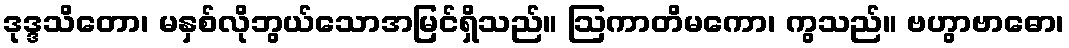
ဒုဒ္ဒသိတော၊ မနှစ်လိုဘွယ်သောအမြင်ရှိသည်။ ဩကာတိမကော၊ ကွသည်။ ဗဟွာဗာဓော၊